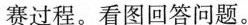
赛过程。看图回答问题。